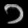
Digit: ၁